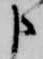
申